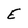
Character: E